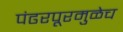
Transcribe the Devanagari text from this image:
पंढरपूरमुळेच